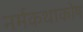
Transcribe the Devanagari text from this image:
नर्मकथाकोष